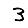
Digit: 3